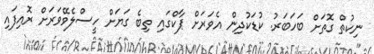
ނިކުތް ގޮތަށް ބަހަބަރު. ކުޑަކުދިން އެވަރަށް ޕާކްގައި ތިބެ ގަޔަށް ހީސްލެވޭވަރަށް ރޮއިފައި